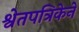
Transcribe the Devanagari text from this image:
श्वेतपत्रिकेने